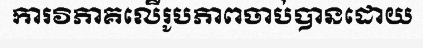
ការវិភាគលើរូបភាពចាប់បានដោយ